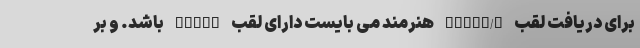
برای دریافت لقب EFIAP/b هنرمند می بایست دارای لقب EFIAP باشد. و بر